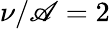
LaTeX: \nu/\mathscr{A}=2